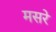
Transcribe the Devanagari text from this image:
मसरे